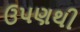
ઉપણથી